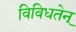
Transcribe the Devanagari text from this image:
विविधतेन्